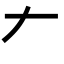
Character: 𠂇